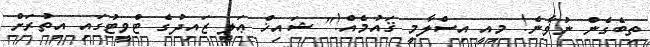
ތިބެގެން ނުވާނެ! މިއީ އިސްލާމީ ޤައުމެއް!" ޝައިޚް ޢަލީ ޒައިދުގެ ޓްވީޓުގައި އިތުރަށް